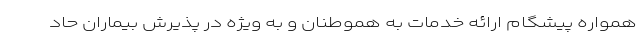
همواره پیشگام ارائه خدمات به هموطنان و به ویژه در پذیرش بیماران حاد